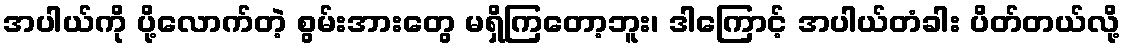
အပါယ်ကို ပို့လောက်တဲ့ စွမ်းအားတွေ မရှိကြတော့ဘူး၊ ဒါကြောင့် အပါယ်တံခါး ပိတ်တယ်လို့